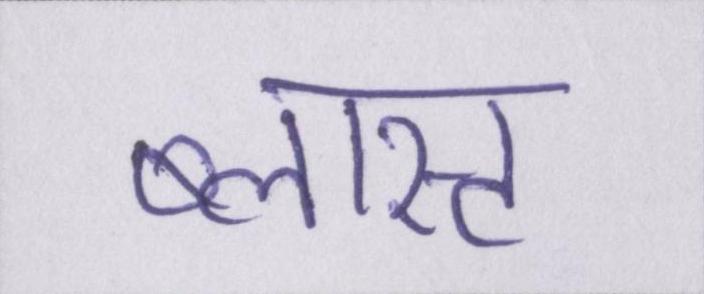
ब्लास्ट